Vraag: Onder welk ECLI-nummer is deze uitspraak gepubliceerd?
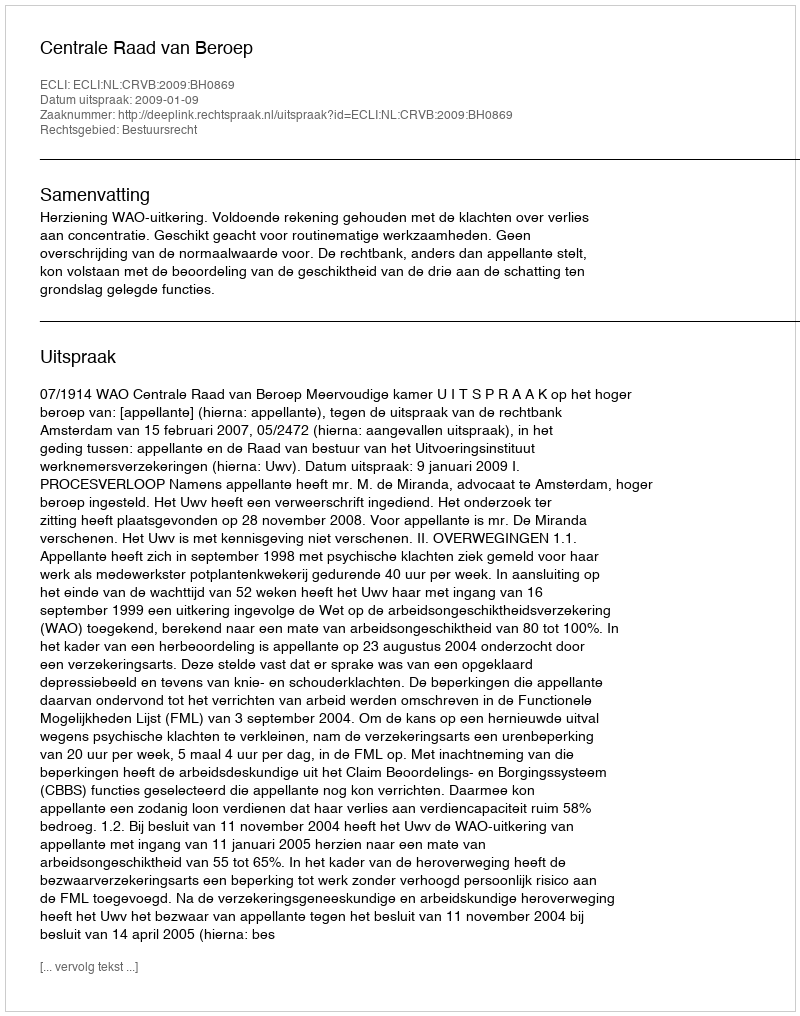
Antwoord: ECLI:NL:CRVB:2009:BH0869